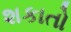
શકાતો